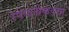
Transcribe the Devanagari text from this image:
रेषेपलीकडचा